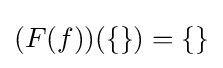
(F(f))(\{\})=\{\}